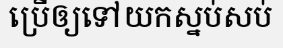
ប្រើឲ្យទៅយកស្នប់សប់